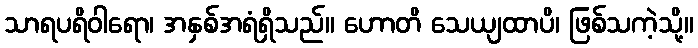
သာရပရိဝါရော၊ အနှစ်အရံရှိသည်။ ဟောတိ သေယျထာပိ၊ ဖြစ်သကဲ့သို့။